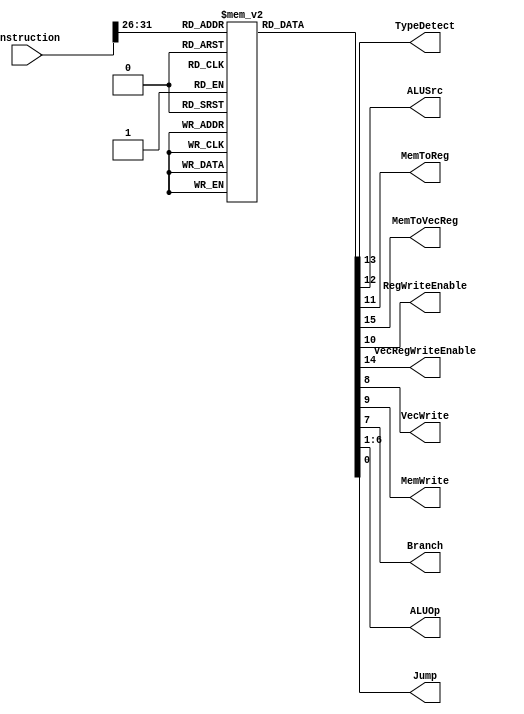
`timescale 1ns / 1ps

module control_unit(
    input [31:0] instruction,
    output reg 	     TypeDetect, // Flag to decide whether its vector or word
    output reg       ALUSrc,    // Decides between Register input to ALU and I Type add immediate
    output reg       MemToReg,  // Decides between SW and ALU output
    output reg       MemToVecReg, // Decides between SV and VPU output
    output reg       RegWriteEnable,  // Write enable for Register File
    output reg       VecRegWriteEnable, // Write Enable for Vector Register File
    output reg       VecWrite,   // Read from data memory
    output reg       MemWrite,  // Write to data memory
    output reg       Branch,    // 1 if instruction is beq and thus decides Program Counter
    output reg [5:0] ALUOp,     // ALU Opcode
    output reg       Jump       // 1 if insturction is J type

);

wire [5:0] opcode;
assign opcode = instruction [31:26];
reg [15:0]  controlSignals[63:0];

initial
begin
    controlSignals[6'b000000] = 16'b0010010000000000; // rtypeadd
    controlSignals[6'b000001] = 16'b0010010000000010; // rtypesub
    controlSignals[6'b000010] = 16'b0010010000000100; // rtypemult

    controlSignals[6'b000100] = 16'b0010010000001000; // rtypeand
    controlSignals[6'b000101] = 16'b0010010000001010; // rtypeor
    controlSignals[6'b000110] = 16'b0010010000001100; // rtypexor

    controlSignals[6'b001000] = 16'b0010010000010000; // rtypesl
    controlSignals[6'b001001] = 16'b0010010000010010; // rtypesr
    controlSignals[6'b001010] = 16'b0010010000010100; // rtypeslt
    controlSignals[6'b001011] = 16'b0010010000010110; // rtypeseq

    controlSignals[6'b010000] = 16'b0100000000100000; // rtypevadd
    controlSignals[6'b010001] = 16'b0100000000100010; // rtypevsub
    controlSignals[6'b010010] = 16'b0100000000100100; // rtypevdot
	
    controlSignals[6'b001101] = 16'b0011010000000000; // addi
    controlSignals[6'b001110] = 16'b0011010000001000; // andi
    controlSignals[6'b001111] = 16'b0011010000001100; // xori

    controlSignals[6'b100011] = 16'b0011000010010110; // beq
    controlSignals[6'b011111] = 16'b0011000010010100; // bgt
    //controlSignals[6'b010100]1	 = 11'b; //bne
    controlSignals[6'b101101] = 16'b1001000000000000; // lv
    controlSignals[6'b101110] = 16'b0001000100000000; // sv

    controlSignals[6'b100101] = 16'b0001100000000000; // lw
    controlSignals[6'b100110] = 16'b0001001000000000; // sw
    controlSignals[6'b101000] = 16'b0011010000010100; // slti
    controlSignals[6'b110000] = 16'b0000000011100001; // jump
    controlSignals[6'b101100] = 16'b0000001100000000; // reg address write
    controlSignals[6'b101111] = 16'b1000100000000000; //reg address read
end

always @(instruction)
    begin
	MemToVecReg = controlSignals[opcode][15];
	VecRegWriteEnable = controlSignals[opcode][14];
	TypeDetect = controlSignals[opcode][13];
        ALUSrc   = controlSignals[opcode][12];
        MemToReg = controlSignals[opcode][11];
        RegWriteEnable = controlSignals[opcode][10];
        MemWrite = controlSignals[opcode][9];
        VecWrite  = controlSignals[opcode][8];
        Branch   = controlSignals[opcode][7];
        ALUOp    = controlSignals[opcode][6:1];
        Jump     = controlSignals[opcode][0];

    end
endmodule